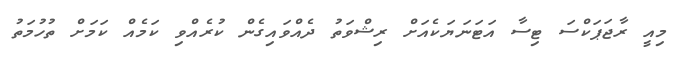
މިއީ ރާޖަޕަކްސަ ޓިސާ އަޓަނަޔަކެއަށް ރިޝްވަތު ދެއްވައިގެން ކުރެއްވި ކަމެއް ކަމަށް ތުހުމަތު